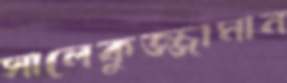
সালেকুজ্জামান